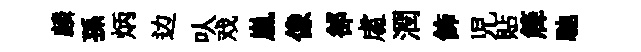
麟孫炳边㕥戏嵐像郤䖏潤飾児貼簰馳